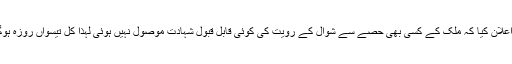
اجلاس کے بعد میڈیا سے گفتگو کرتے ہوئے مفتی منیب الرحمان نے اعلان کیا کہ ملک کے کسی بھی حصے سے شوال کے رویت کی کوئی قابل قبول شہادت موصول نہیں ہوئی لہذا کل تیسواں روزہ ہوگا اور پاکستان میں عید الفطر 16 جون بروز ہفتے کو منائی جائے گی۔